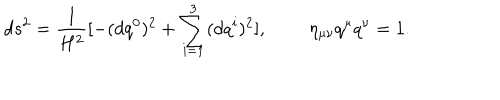
d s ^ { 2 } = \frac { 1 } { H ^ { 2 } } [ - ( d q ^ { 0 } ) ^ { 2 } + \sum _ { i = 1 } ^ { 3 } ( d q ^ { i } ) ^ { 2 } ] , \; \; \eta _ { \mu \nu } q ^ { \mu } q ^ { \nu } = 1 .